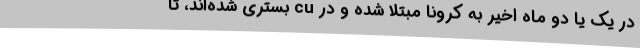
در یک یا دو ماه اخیر به کرونا مبتلا شده و در cu بستری شده‌اند، تا